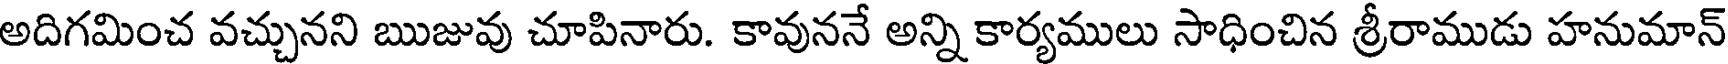
అదిగమించ వచ్చునని ఋజువు చూపినారు. కావుననే అన్ని కార్యములు సాధించిన శ్రీరాముడు హనుమాన్